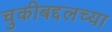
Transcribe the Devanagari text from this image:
चुकीबद्दलच्या